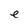
Character: e